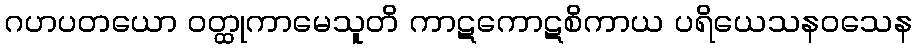
ဂဟပတယော ဝတ္ထုကာမေသူတိ ကာဋကောဋစိကာယ ပရိယေသနဝသေန